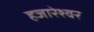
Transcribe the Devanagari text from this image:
हजारेश्वर